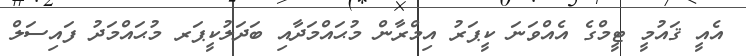
އެއީ ޤައުމީ ޓީމްގެ އެއްވަނަ ކީޕަރު އިމްރާން މުޙައްމަދާއި ބަދަލުކީޕަރ މުޙައްމަދު ފައިސަލް